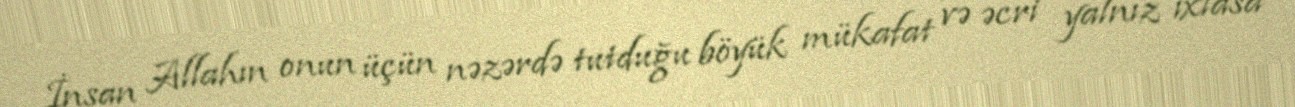
İnsan Allahın onun üçün nəzərdə tutduğu böyük mükafat və əcri yalnız ixlasa